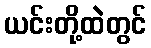
ယင်းတို့ထဲတွင်